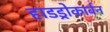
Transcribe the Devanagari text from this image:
हाडड्रोकार्बन